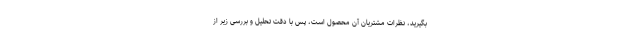
بگیرید، نظرات مشتریان آن محصول است، پس با دقت تحلیل و بررسی زیر از